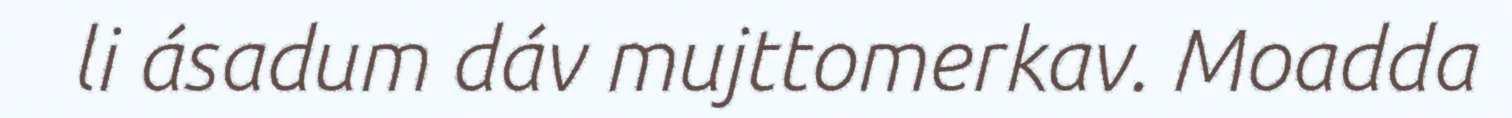
li ásadum dáv mujttomerkav. Moadda